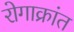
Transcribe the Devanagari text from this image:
रोगाक्रांत